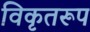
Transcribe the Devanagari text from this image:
विकृतरूप